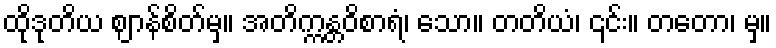
ထိုဒုတိယ ဈာန်စိတ်မှ။ အတိက္ကန္တဝိစာရံ၊ သော။ တတိယံ၊ ၎င်း။ တတော၊ မှ။